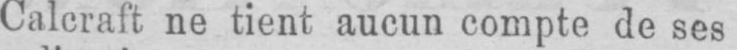
Calcraft ne tient aucun compte de ses